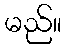
မည်။